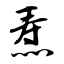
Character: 焘